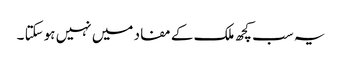
یہ سب کچھ ملک کے مفاد میں نہیں ہوسکتا ۔